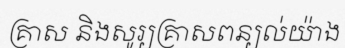
គ្រាស និងសូរ្យគ្រាសពន្យល់យ៉ាង